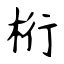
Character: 桁